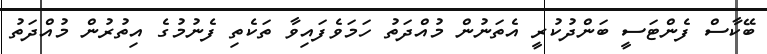
ބޭކާސް ފެންޓަސީ ބަންދުކުރީ އެތަނުން މުއްދަތު ހަމަވެފައިވާ ތަކެތި ފެނުމުގެ އިތުރުން މުއްދަތު